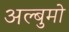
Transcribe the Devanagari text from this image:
अल्बुमो